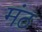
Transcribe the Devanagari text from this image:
मंठ